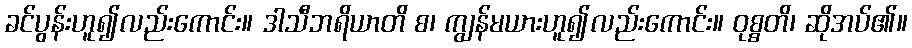
ခင်ပွန်းဟူ၍လည်းကောင်း။ ဒါသီဘရိယာတိ စ၊ ကျွန်မယားဟူ၍လည်းကောင်း။ ဝုစ္စတိ၊ ဆိုအပ်၏။